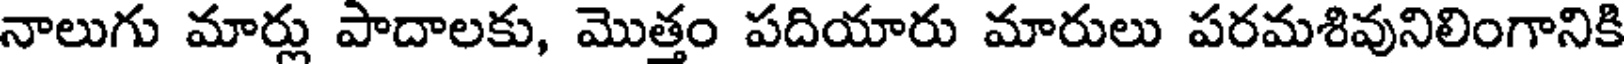
నాలుగు మార్లు పాదాలకు, మొత్తం పదియారు మారులు పరమశివునిలింగానికి